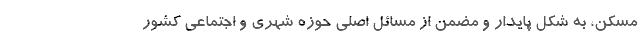
مسکن، به شکل پایدار و مضمن از مسائل اصلی حوزه شهری و اجتماعی کشور